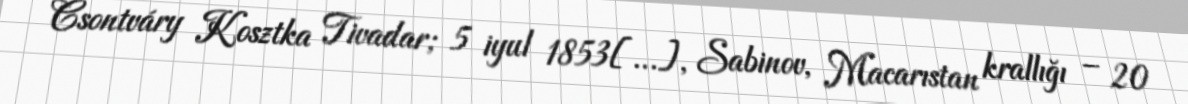
Csontváry Kosztka Tivadar; 5 iyul 1853[…], Sabinov, Macarıstan krallığı – 20